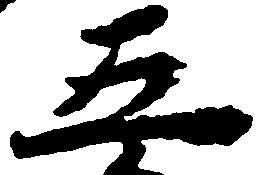
五